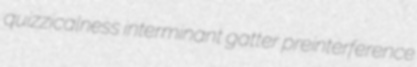
quizzicalness interminant gatter preinterference